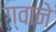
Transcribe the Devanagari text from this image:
ग्वाने